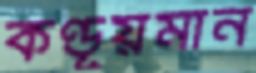
কণ্ডূয়মান